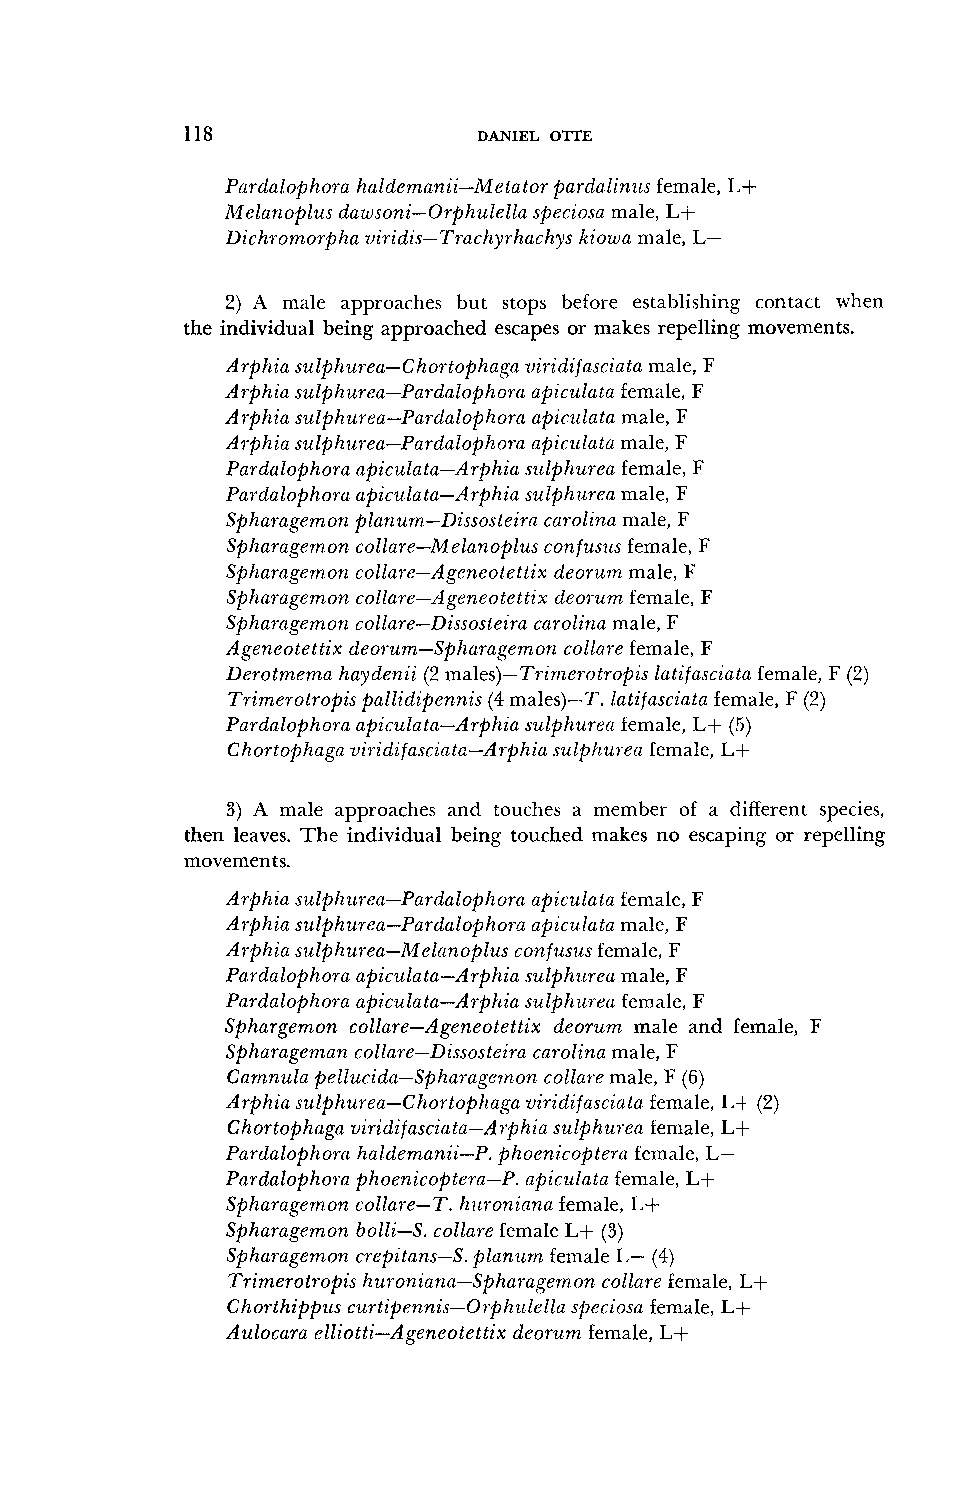
118                 DANIEL OTTE
 Pardalophora haldemanii-Metator pardalinzis female, L+
 Melanoplus dawsoni-Orphulella specio~am ale, L+
 Dich~omorphav iridis-Trachyrhachys ltiowa male, L-
 2) A male approaches but stops before establishing contact when
 the individual being approached escapes or makes repelling movements.
 Arphia sulphzirea-Chortophaga uiridifasciata male, F
 Arphia sulphurea-Pardalophom apiculata female, F
 Arphia sulphurea-Pardalophom apiczllata male, F
 Arphia sulphurea-Pardalophora apiculntn male, F
 Pardalophora apiculata-Arphia szllphurea female, F
 Pal-dalophora apiculata-~rphia sulphzirea male, F
 Spharagemon planum-Dissosteiro carolina male, F
 Splzaragemon collare-Melanoplus confusus female, F
 Spharagernon collare-Ageneotettix deorum male, F
 Spharagemort collare-Ageneotettix deorzim female, F
 Spharagemon collare-Dissosteira carolina male, F
 Ageneotettix deol-zrm-Spltaj.agemon collnre female, F
 Derotmema haydenii (2 males)-Tri~nerotropis latifasciata female, F (2)
 Trimerotropis pallidipennis (4 males)--T. latifasciata female, F (2)
 Pardalophora apiculatn-Arphia sulphurea female, L+ (5)
 Chortophagu viridifasciata-A?-phin sulphzrl-en female, L+
 3) A male approaches and touches a member of a different species,
 then leaves. The individual being touched makes no escaping or repelling
 movements.
 Arphia sulphz~rea-Pardaloplzora apiculata female, F
 Arphia sulphurea-Pardalophom apiculata male, F
 Arphia sulphurea-Melanoplus confusus female, F
 Pardalophora apiculata-Arphia sulphzlrea male, F
 Pardalophora apiculata-Arphia sulphuj-ea female, F
 Sphargemon collare-Ageneotettix deorum male and female, F
 Spharageman collare-Dissosteira carolina male, F
 Carnnula pellucida-Sphal-agemon collare male, F (6)
 Arphia sulphurea-Chortophaga viridifasciuta female, LS (2)
 Chortophaga viridifasciata-Arphia sulphurea female, I,+
 Pardalophora haldemanii-P. phoenicoptera female, L-
 Pardalophora phoenicoptera-P. apiculata female, L+
 Spharagemon collare-T. hzironiana female, L+
 Spharagemon bolli-S. collare female L+ (3)
 Spharagemon crepitans-S. planzcm female L- (4)
 Trimerotropis huroniana-Spharagemon collare female, L+
 Chorthippus curtipennis-07-phzilellu speciosa female, L+
 Aulocara elliotti-Ageneotettix deorum female, L+